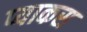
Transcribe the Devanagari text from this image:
प्याकस